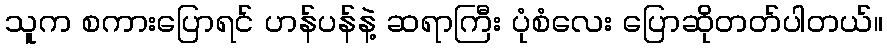
သူက စကားပြောရင် ဟန်ပန်နဲ့ ဆရာကြီး ပုံစံလေး ပြောဆိုတတ်ပါတယ်။